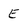
Character: E